Source: Computer-generated
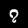
Digit: ၇ (7)